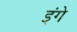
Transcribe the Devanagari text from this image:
इंगे